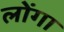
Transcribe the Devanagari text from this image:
लोंगा